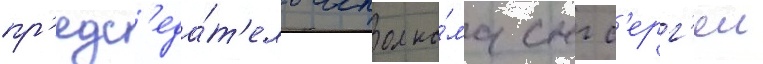
пр'едс'еда́т'ель исполко́ма снг с'ерг'еи